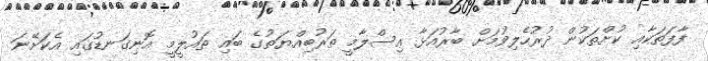
ފާފަތަކާއި ކުށްތަކުން ދުރުހެލިވުމަށް ބާރުއަޅާ އިސްލާމީ ތަރުބިއްޔަތުގެ ބައި ތައުލީމީ އޮނިގަނޑުގައި އެކަށޭނަ